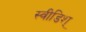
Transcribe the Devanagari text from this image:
स्वीडिश्